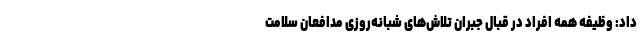
داد: وظیفه همه افراد در قبال جبران تلاش‌های شبانه‌روزی مدافعان سلامت